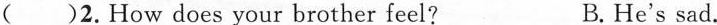
()2.How dose your brother feel？ B. He‘s sad.